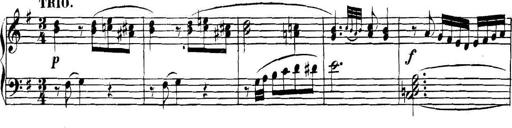
Title: Collected Piano Sonatas
Composer: Muzio Clementi